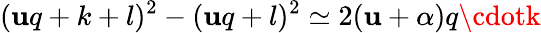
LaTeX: (\mathbf{u}q+k+l)^{2}-(\mathbf{u}q+l)^{2}\simeq2(\mathbf{u}+\alpha)q\cdotk